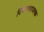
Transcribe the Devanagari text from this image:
विष्टम्भकजनक